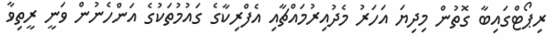
ރިޕޯޓްގައިބާ ގޮތުން މިދިޔަ އަހަރު މެދުއިރުމައްޗާއި އެފްރިކާގެ ގައުމުތަކުގެ އަންހެނުން ވަނީ ރީތިވާ